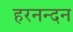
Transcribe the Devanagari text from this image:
हरनन्दन